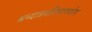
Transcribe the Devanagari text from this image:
श्रध्दात्रयविभागयोग